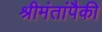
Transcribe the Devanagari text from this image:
श्रीमंतांपैकी